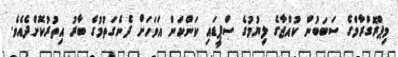
މިޕްރޮގްރާމްގެ ސަބަބުން ކުއްޖާގެ ލިޔުމުގެ ސްޕީޑައި ކަންކަން އަވަހަށް ދެނެގަތުމުގެ ބާރު އިތުރުކޮށްދެއެވެ.